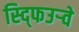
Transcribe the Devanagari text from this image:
स्द्फिउर्‍वे